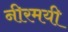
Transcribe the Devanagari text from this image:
नीरमयी